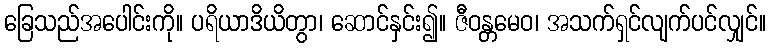
ခြေသည်အပေါင်းကို။ ပရိယာဒိယိတွာ၊ ဆောင်နှင်း၍။ ဇီဝန္တမေဝ၊ အသက်ရှင်လျက်ပင်လျှင်။